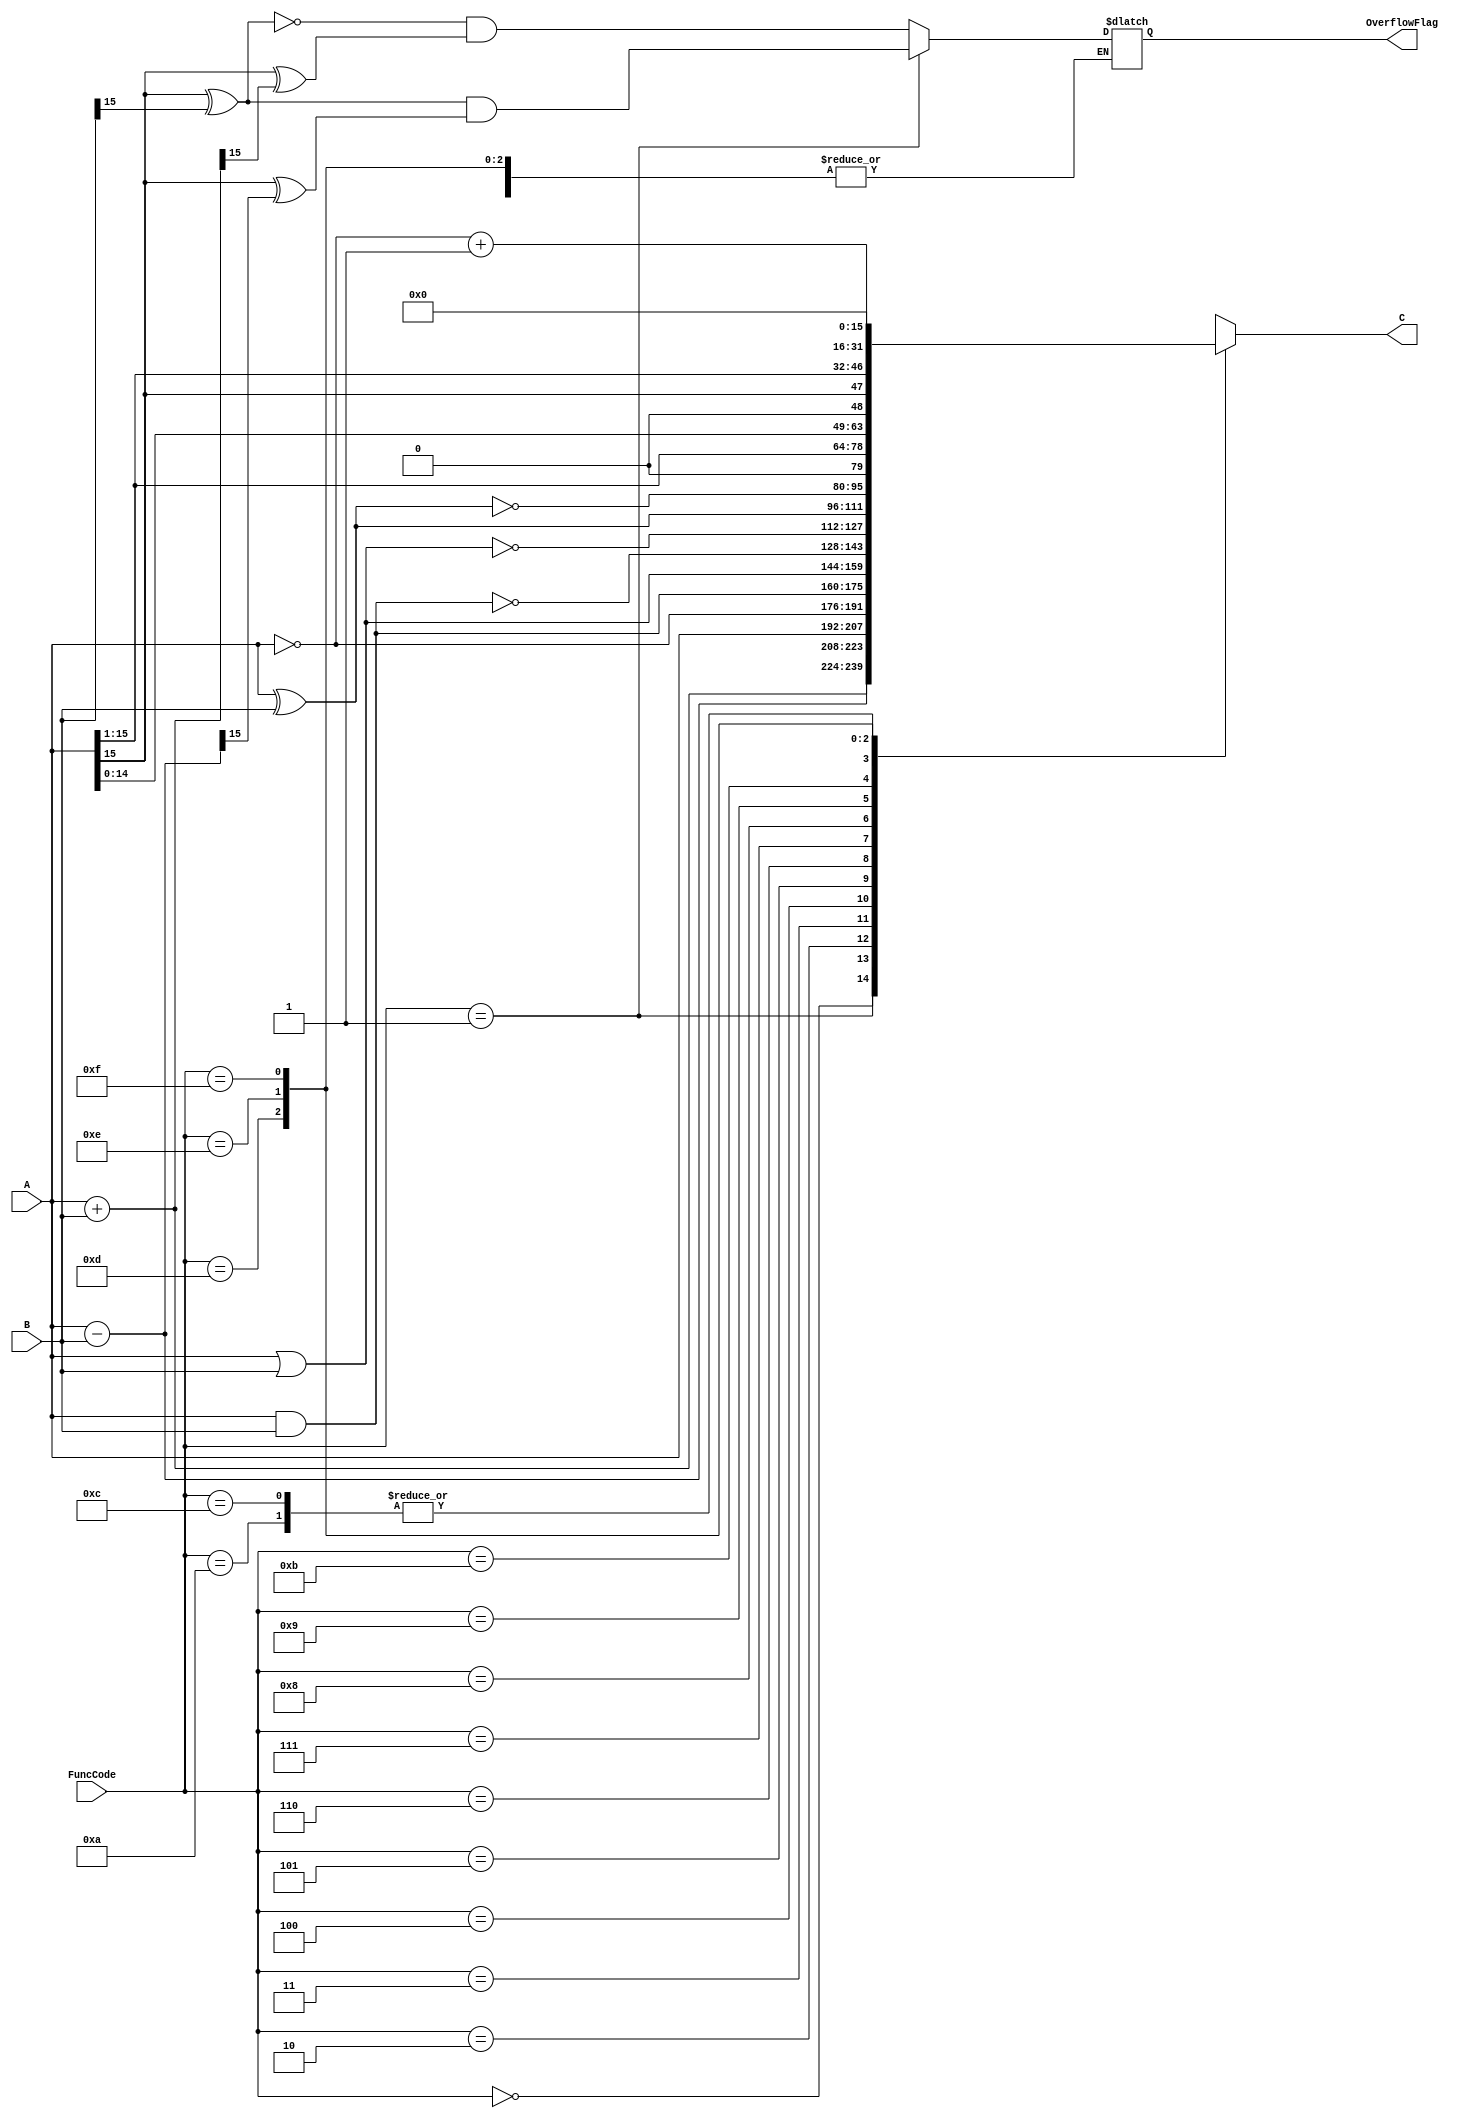
module ALU #(parameter data_width = 16) (
	input [data_width - 1 : 0] A, 
	input [data_width - 1 : 0] B, 
	input [3 : 0] FuncCode,
       	output reg [data_width - 1: 0] C,
       	output reg OverflowFlag);
// Do not use delay in your implementation.

// You can declare any variables as needed.
/*
	YOUR VARIABLE DECLARATION...
*/

initial begin
	C = 0;
	OverflowFlag = 0;
end   	

// TODO: You should implement the functionality of ALU!
// (HINT: Use 'always @(...) begin ... end')
/*
	YOUR ALU FUNCTIONALITY IMPLEMENTATION...
*/

always @(A or B) begin
    case (FuncCode)
    4'b0000:
    begin
        C = A + B;
        OverflowFlag = ~(A[data_width - 1] ^ B[data_width - 1]) & (A[data_width - 1] ^ C[data_width - 1]);
    end
    4'b0001:
    begin
        C = A - B;
        OverflowFlag = (A[data_width - 1] ^ B[data_width - 1]) & (A[data_width - 1] ^ C[data_width - 1]);
    end
    4'b0010:
        C = A;
    4'b0011:
        C = ~A;
    4'b0100:
        C = A & B;
    4'b0101:
        C = A | B;
    4'b0110:
        C = ~ (A & B);
    4'b0111:
        C = ~ (A | B);
    4'b1000:
        C = A ^ B;
    4'b1001:
        C = ~ (A ^ B);
    4'b1010:
        C = A << 1;
    4'b1011:
        C = A >> 1;
    4'b1100:
        C = A <<< 1;
    4'b1101:
        C = $signed(A) >>> 1;
    4'b1110:
        C = ~A + 1;
    4'b1111:
        C = 0;
    default:
        C = 0;
    endcase
end

endmodule